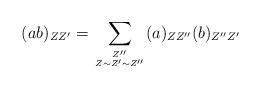
LaTeX: \begin{align*}(ab)_{ZZ'} = \sum_{{Z''} \atop {Z \sim Z' \sim Z''}} (a)_{ZZ''}(b)_{Z''Z'}\end{align*}